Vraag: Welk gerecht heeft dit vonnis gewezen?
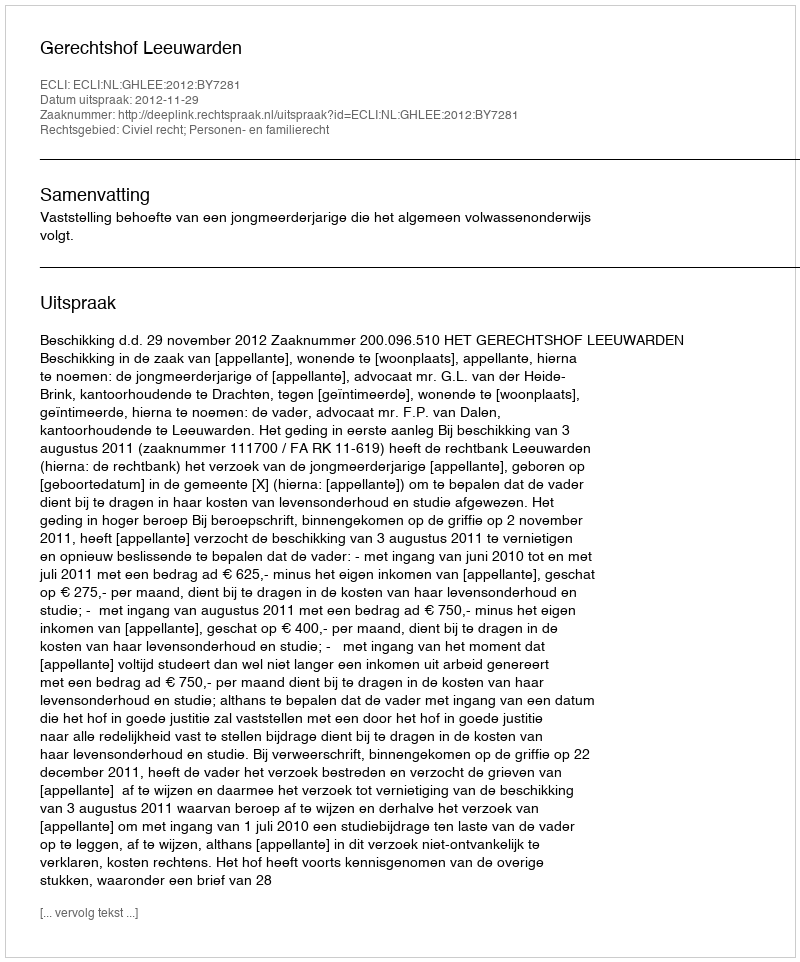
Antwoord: Gerechtshof Leeuwarden